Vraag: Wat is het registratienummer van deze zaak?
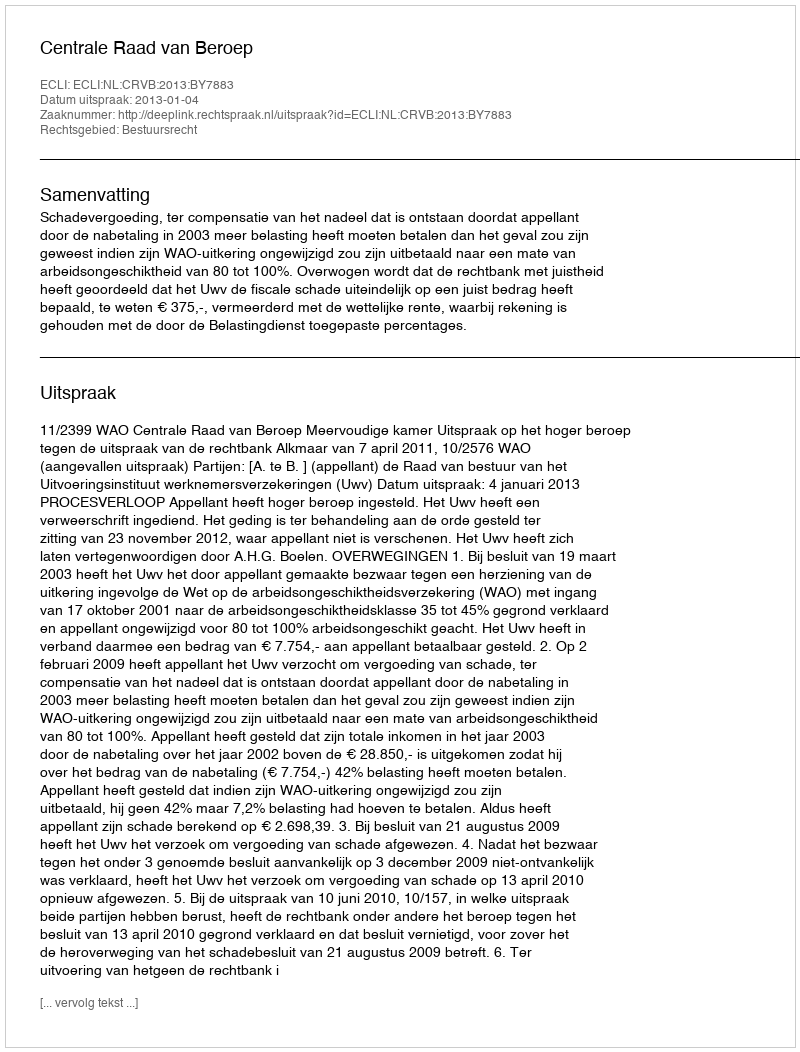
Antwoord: http://deeplink.rechtspraak.nl/uitspraak?id=ECLI:NL:CRVB:2013:BY7883